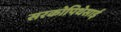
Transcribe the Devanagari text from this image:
सरकोपिथेसाई